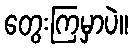
တွေးကြမှာပဲ။